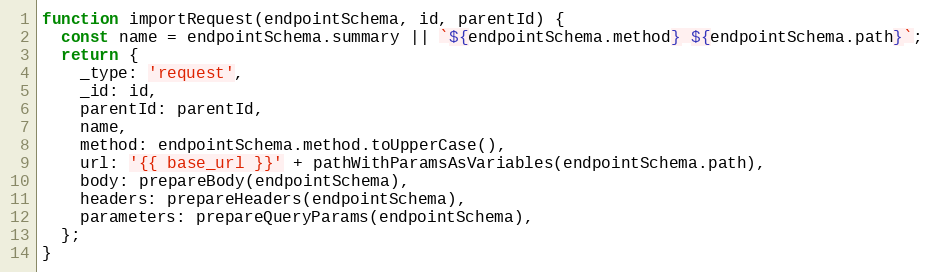
Language: JavaScript
function importRequest(endpointSchema, id, parentId) {
  const name = endpointSchema.summary || `${endpointSchema.method} ${endpointSchema.path}`;
  return {
    _type: 'request',
    _id: id,
    parentId: parentId,
    name,
    method: endpointSchema.method.toUpperCase(),
    url: '{{ base_url }}' + pathWithParamsAsVariables(endpointSchema.path),
    body: prepareBody(endpointSchema),
    headers: prepareHeaders(endpointSchema),
    parameters: prepareQueryParams(endpointSchema),
  };
}